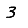
Digit: 3